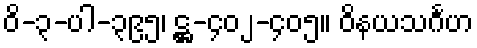
ဝိ-၃-ပါ-၃၉၅၊ ဋ္ဌ-၄၀၂-၄၀၅။ ဝိနယသင်္ဂဟ